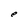
Character: e